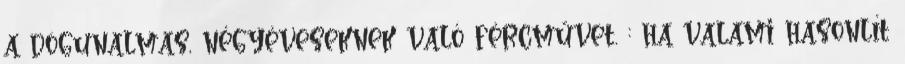
a dögunalmas, négyéveseknek való fércművet. : ha valami hasonlít